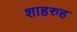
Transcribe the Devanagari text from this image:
शाहरुह